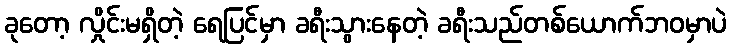
ခုတော့ လှိုင်းမရှိတဲ့ ရေပြင်မှာ ခရီးသွားနေတဲ့ ခရီးသည်တစ်ယောက်ဘဝမှာပဲ